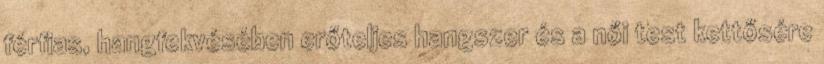
férfias, hangfekvésében erőteljes hangszer és a női test kettősére